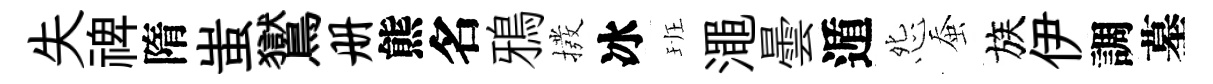
失禆隋蚩鸑册熊名鴉撥冰班澠曇遁怨蚕族伊調墓